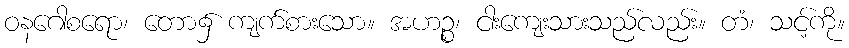
ဝနဂေါစရော၊ တော၌ ကျက်စားသော။ အဟဉ္စ၊ ငါးကျေးသားသည်လည်း။ တံ၊ သင့်ကို။